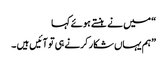
“ میں نے ہنستے ہوئے کہا
”ہم یہاں شکار کرنے ہی تو آئیں ہیں ۔